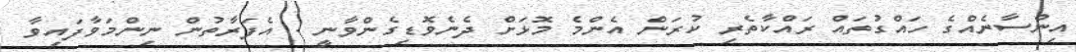
އިންސާނެއްގެ ހައްގުތައް ރައްކާތެރި ކުރަން އެންމެ މޮޅަށް ދެނެވޮޑިގެންވާނީ . އެފަރާތުން ނިންމަވާފައިވާ